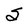
Character: S